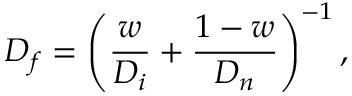
D _ { f } = \left( \frac { w } { D _ { i } } + \frac { 1 - w } { D _ { n } } \right) ^ { - 1 } ,